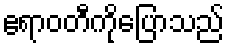
ဧရာဝတီကိုပြောသည်